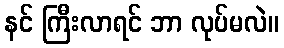
နင် ကြီးလာရင် ဘာ လုပ်မလဲ။